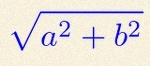
\sqrt{a^2+b^2}